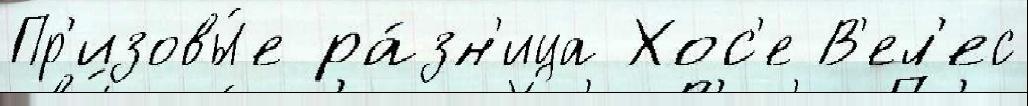
Пр'изовы́е ра́зн'ица Хос'е В'ел'ес